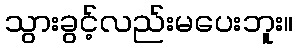
သွားခွင့်လည်းမပေးဘူး။